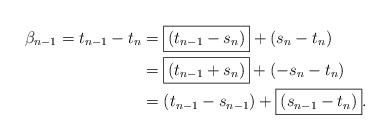
LaTeX: \begin{align*} \beta_{n-1} = t_{n-1}-t_n &= \boxed{(t_{n-1}-s_n)}+(s_n-t_n) \\ &=\boxed{(t_{n-1}+s_n)} + (-s_n-t_n) \\ &=(t_{n-1}-s_{n-1}) + \boxed{(s_{n-1}-t_n)}.\end{align*}